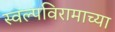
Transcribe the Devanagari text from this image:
स्वल्पविरामाच्या